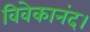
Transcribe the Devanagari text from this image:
विवेकानंद।